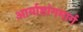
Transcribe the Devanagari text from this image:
आर्याष्टांगमार्ग